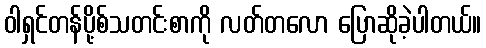
ဝါရှင်တန်ပို့စ်သတင်းစာကို လတ်တလော ပြောဆိုခဲ့ပါတယ်။